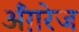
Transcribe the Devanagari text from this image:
अँग़रेज